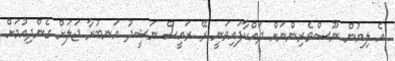
އެ ލިޔުން ނޫސްވެރިންނަށް ދައްކާފައިވަނީ ރޭ ރައީސް ނަޝީދު އަނބުރާ ޖަލަށް ގެންދިއުމަށް